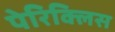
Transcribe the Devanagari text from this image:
पेरिक्लिस